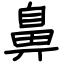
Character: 鼻